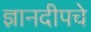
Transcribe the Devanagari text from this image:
ज्ञानदीपचे